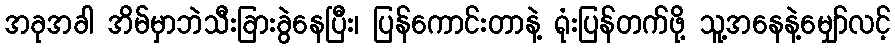
အခုအခါ အိမ်မှာဘဲသီးခြားခွဲနေပြီး၊ ပြန်ကောင်းတာနဲ့ ရုံးပြန်တက်ဖို့ သူ့အနေနဲ့မျှော်လင့်